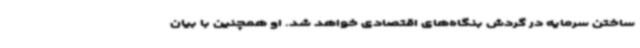
ساختن سرمایه در گردش بنگاه‌های اقتصادی خواهد شد. او همچنین با بیان